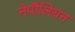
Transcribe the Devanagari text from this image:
नेपौलियन